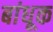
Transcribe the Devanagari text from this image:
बांधूक